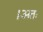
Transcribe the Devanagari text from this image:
।अतः